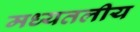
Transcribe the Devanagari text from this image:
मध्यतलीय